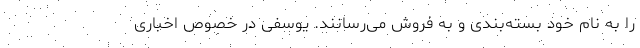
را به نام خود بسته‌بندی و به فروش می‌رسانند. یوسفی در خصوص اخباری